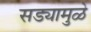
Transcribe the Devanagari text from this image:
सड्यामुळे